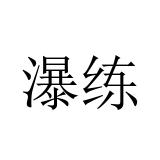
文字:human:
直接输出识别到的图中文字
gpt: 瀑练